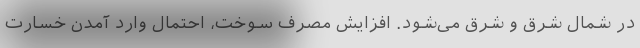
در شمال شرق و شرق می‌شود. افزایش مصرف سوخت، احتمال وارد آمدن خسارت